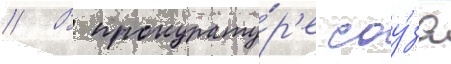
// В прокурату́р'е соу́за